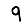
Digit: 9